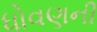
ધોવણની